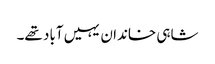
شاہی خاندان یہیں آباد تھے۔